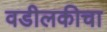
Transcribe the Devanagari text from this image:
वडीलकीचा